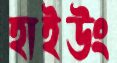
হাইউং